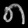
Digit: ၈